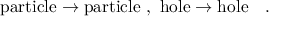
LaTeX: \mathrm { p a r t i c l e } \rightarrow \mathrm { p a r t i c l e } \ , \ \mathrm { h o l e } \rightarrow \mathrm { h o l e } \ \ \ . \nonumber